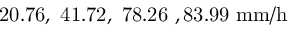
\mathrm { 2 0 . 7 6 , ~ 4 1 . 7 2 , ~ 7 8 . 2 6 ~ , 8 3 . 9 9 ~ m m / h }